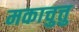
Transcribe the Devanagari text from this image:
मकाचुत्तु